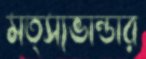
মত্স্যভান্ডার